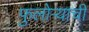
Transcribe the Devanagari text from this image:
फुलोऱ्याची